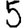
Digit: 5